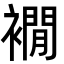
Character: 襉